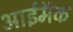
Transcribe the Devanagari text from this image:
आईमॅक